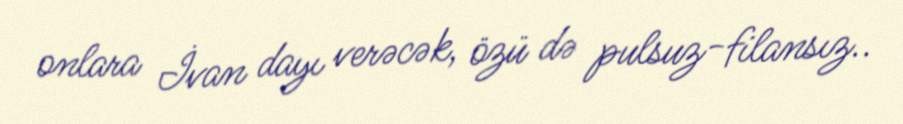
onlara İvan dayı verəcək, özü də pulsuz-filansız..